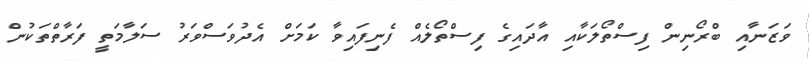
ވަޒަނާއި ބްރޯނިން ފިސްތޯލަކާއި އާދައިގެ ފިސްތޯލެއް ފެނިފައިވާ ކަމަށް އެދުވަސްވަރު ސަލާމަތީ ފަރާތްތަކުން